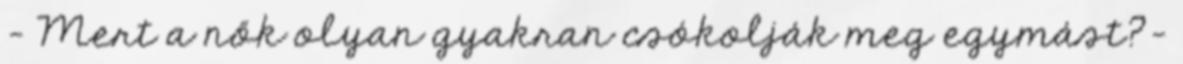
- Mert a nők olyan gyakran csókolják meg egymást?-